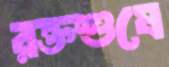
রক্তশুষে